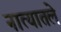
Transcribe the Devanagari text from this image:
नात्यातले